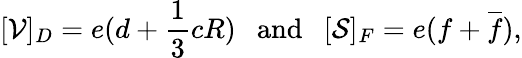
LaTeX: [{\cal V}]_{D}=e(d+{\frac{1}{3}}cR)~~\mathrm{~and~}~~[{\cal S}]_{F}=e(f+\overline{{f}}),